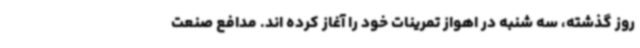
روز گذشته، سه شنبه در اهواز تمرینات خود را آغاز کرده اند. مدافع صنعت